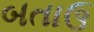
બતાઉ